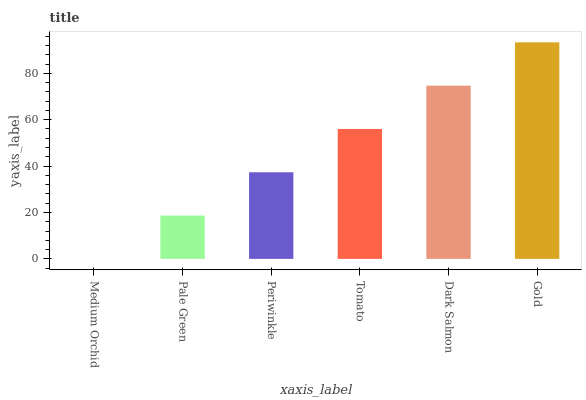
| xaxis_label | bars |
 | --- | --- |
 | Medium Orchid | 0 |
 | Pale Green | 18.7 |
 | Periwinkle | 37.3 |
 | Tomato | 56 |
 | Dark Salmon | 74.7 |
 | Gold | 93.4 |